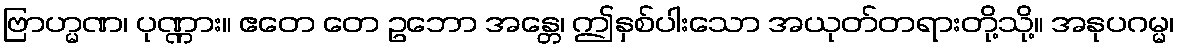
ဗြာဟ္မဏ၊ ပုဏ္ဏား။ ဧတေ တေ ဥဘော အန္တေ၊ ဤနှစ်ပါးသော အယုတ်တရားတို့သို့။ အနုပဂမ္မ၊